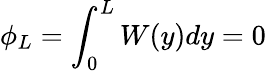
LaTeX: \phi_{L}=\int_{0}^{L}W(y)dy=0